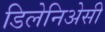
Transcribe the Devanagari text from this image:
डिलेनिअेसी